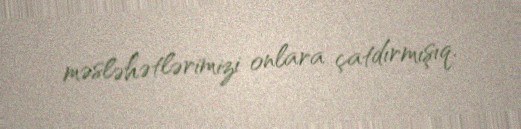
məsləhətlərimizi onlara çatdırmışıq.